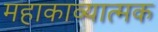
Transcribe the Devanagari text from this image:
महाकाव्‍यात्‍मक